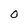
Character: 0